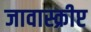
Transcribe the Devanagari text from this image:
जावास्क्रीप्ट